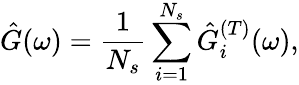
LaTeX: \hat{G}(\omega)=\frac{1}{N_{s}}\sum_{i=1}^{N_{s}}\hat{G}_{i}^{(T)}(\omega),